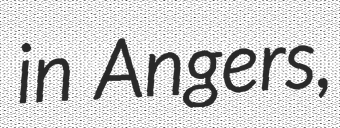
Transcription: in Angers,